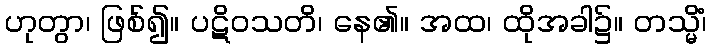
ဟုတွာ၊ ဖြစ်၍။ ပဋိဝသတိ၊ နေ၏။ အထ၊ ထိုအခါ၌။ တသ္မိံ၊